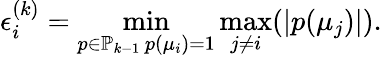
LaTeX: \epsilon_{i}^{(k)}=\operatorname*{min}_{\substack{p\in\mathbb{P}_{k-1}\, p(\mu_{i})=1}}\operatorname*{max}_{j\neq i}(\vert p(\mu_{j})\vert).